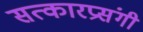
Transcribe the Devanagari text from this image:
सत्कारप्रसंगी